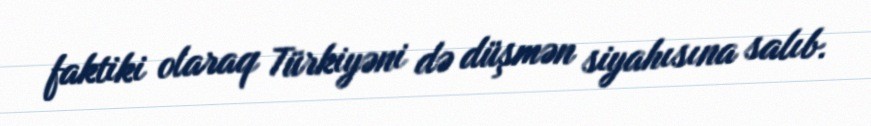
faktiki olaraq Türkiyəni də düşmən siyahısına salıb.